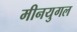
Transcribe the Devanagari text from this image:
मीनयुगल